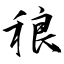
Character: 稂